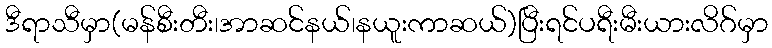
ဒီရာသီမှာ(မန်စီးတီး၊အာဆင်နယ်၊နယူးကာဆယ်)ပြီးရင်ပရီးမီးယားလိဂ်မှာ